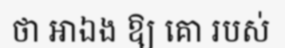
ថា អាឯង ឱ្យ គោ របស់